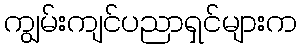
ကျွမ်းကျင်ပညာရှင်များက